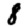
Digit: 8